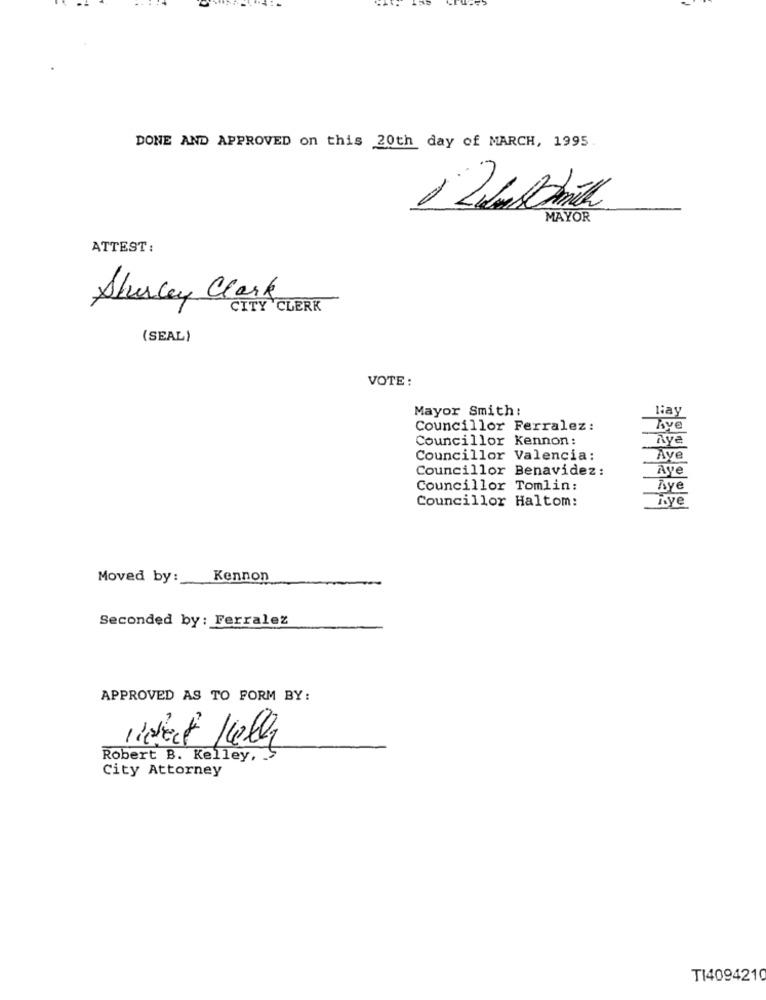
DONE AND APPROVED on this 20th day of MARCH, 1995
MAYOR
ATTEST:
Shirley Clark
CITY CLERK
(SEAL)
VOTE :
Mayor Smith :
lay
Councillor Ferralez :
Ave
Councillor Kennon:
Aye
Councillor Valencia:
Aye
Councillor Benavidez :
Aye
Councillor Tomlin :
Aye
Councillor Haltom:
Moved by :_
Kennon
Seconded by: Ferralez
APPROVED AS TO FORM BY:
Robert B. Kelley ,.
City Attorney
TI4094210